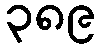
၃၈၉